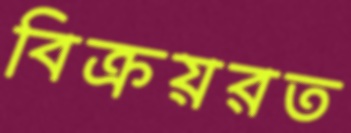
বিক্রয়রত